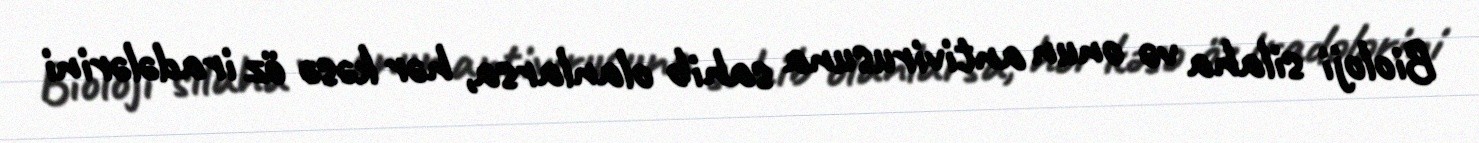
Bioloji silaha və onun antivirusuna sahib olanlarsa, hər kəsə öz iradələrini